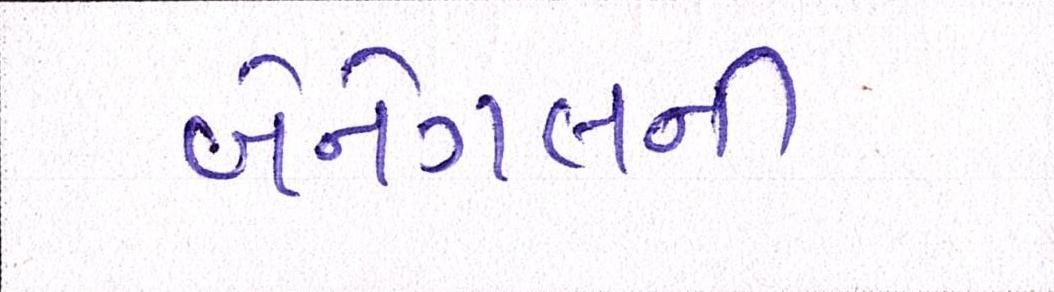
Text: બેનેગલની